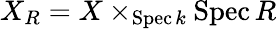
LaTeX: X_{R}=X\times_{\operatorname{Spec}k}\operatorname{Spec}R